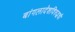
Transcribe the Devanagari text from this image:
बांगलादेशविरुद्धची